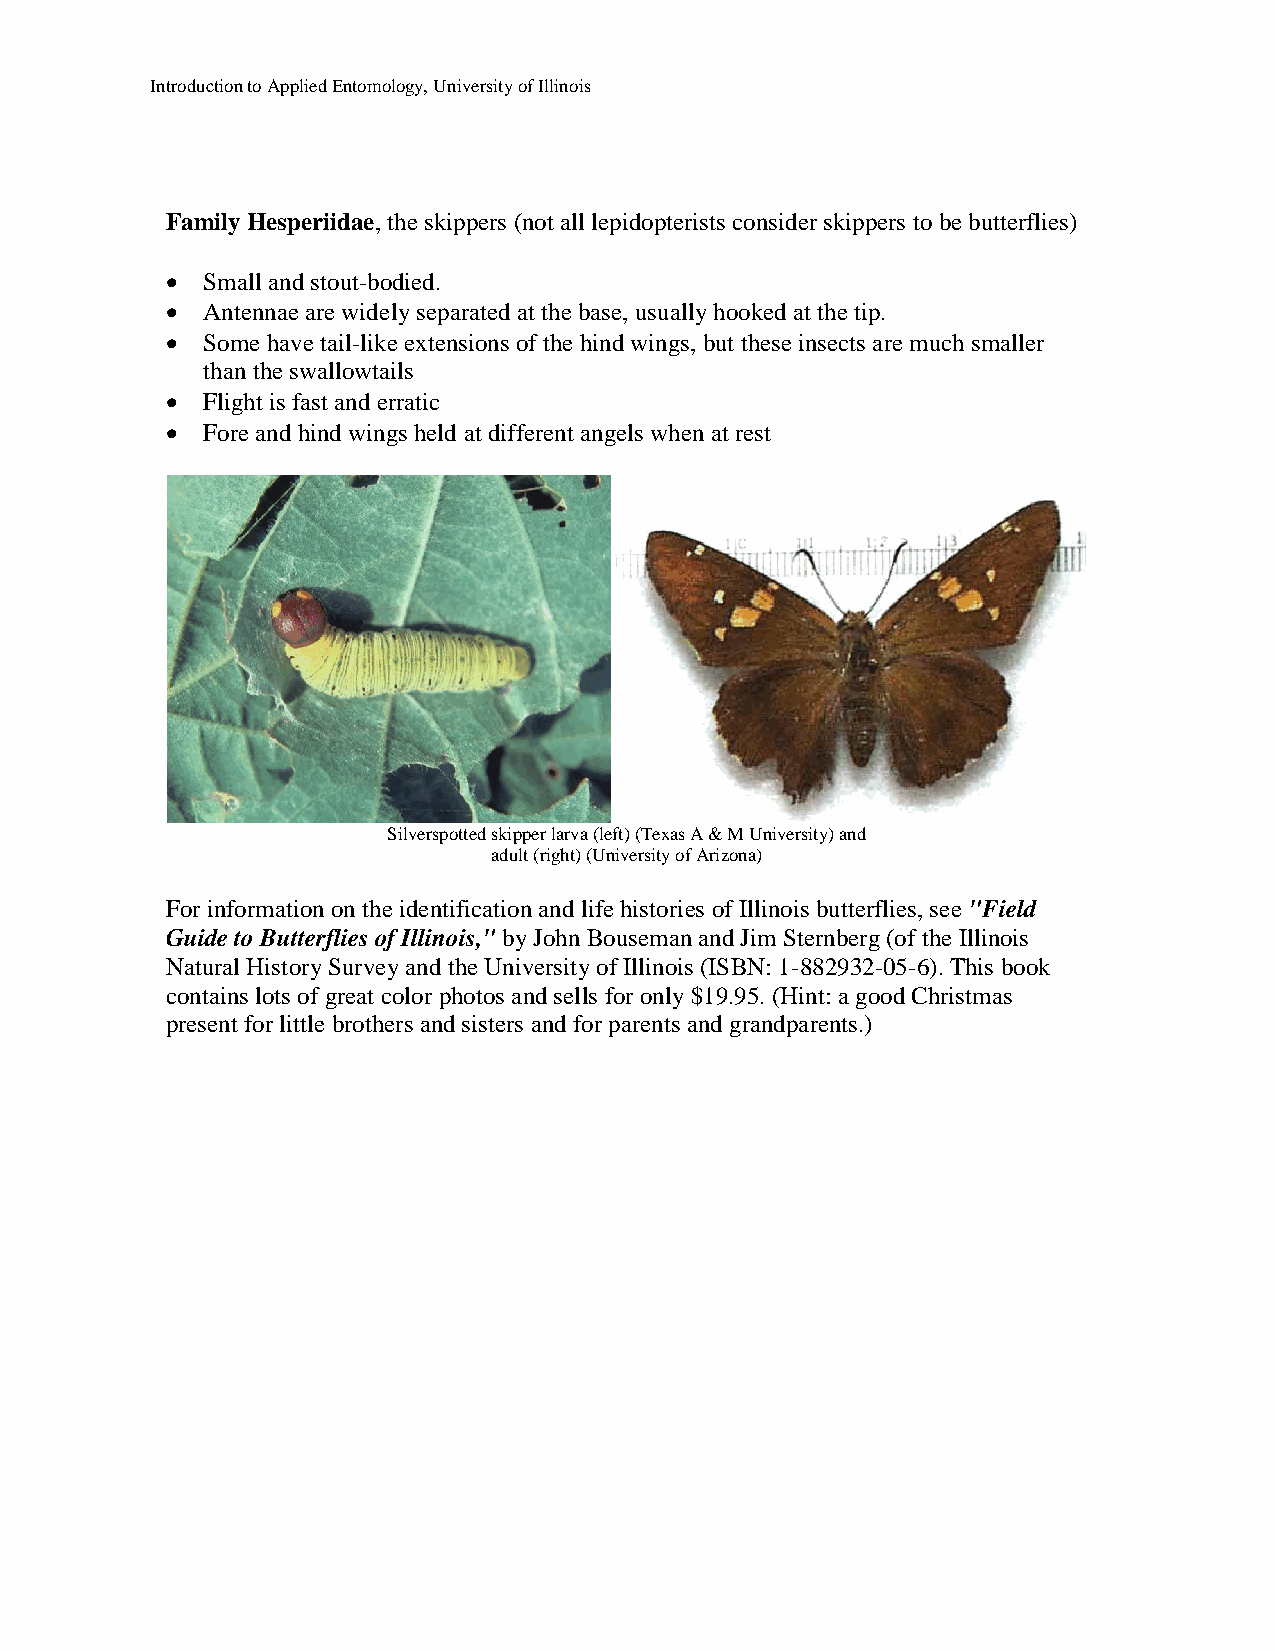
Introduction to Applied Entomology, University of Illinois
 Family Hesperiidae, the skippers (not all lepidopterists consider skippers to be butterflies)
  Small and stout-bodied.
  Antennae are widely separated at the base, usually hooked at the tip.
  Some have tail-like extensions of the hind wings, but these insects are much smaller
 than the swallowtails
  Flight is fast and erratic
  Fore and hind wings held at different angels when at rest
 Silverspotted skipper larva (left) (Texas A & M University) and
 adult (right) (University of Arizona)
 For information on the identification and life histories of Illinois butterflies, see "Field
 Guide to Butterflies of Illinois," by John Bouseman and Jim Sternberg (of the Illinois
 Natural History Survey and the University of Illinois (ISBN: 1-882932-05-6). This book
 contains lots of great color photos and sells for only $19.95. (Hint: a good Christmas
 present for little brothers and sisters and for parents and grandparents.)